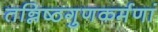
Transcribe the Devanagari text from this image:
तन्निष्ठगुणकर्मणां